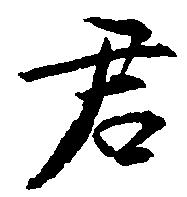
君